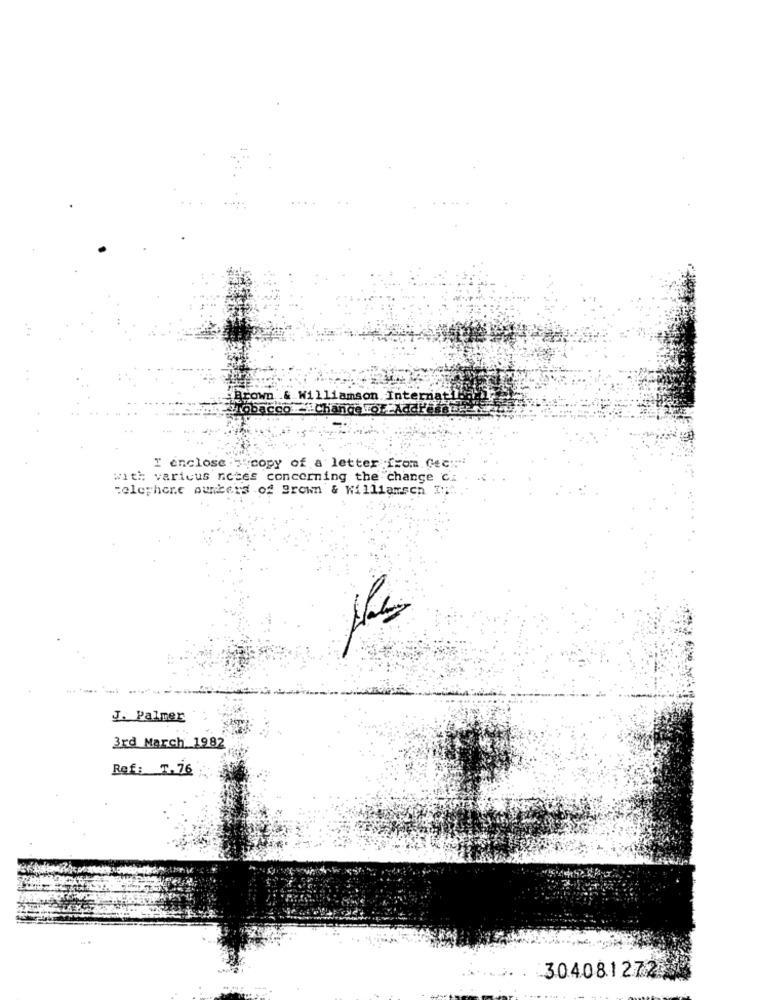
Brown .& Williamson Internat !!
Tobacco ."Changerof Addressw
I enclose z copy of a letter from Cec
with various notes concerning the change c.
:olephere punkers of Brown & Williamsen Ii
J. Palmer
3rd March 1982
Ref: 7. 76
304081272